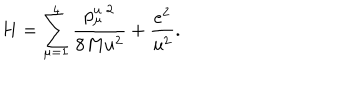
LaTeX: H = \sum _ { \mu = 1 } ^ { 4 } \frac { p _ { \mu } ^ { u } { } ^ { \, 2 } } { 8 M u ^ { 2 } } + \frac { e ^ { 2 } } { u ^ { 2 } } .